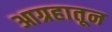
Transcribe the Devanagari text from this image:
आग्रहातून